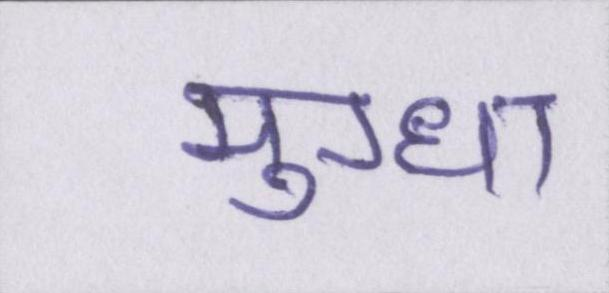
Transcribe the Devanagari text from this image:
मुग्धा